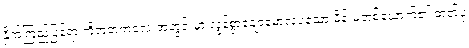
နှိုက်ကြည့်ပြန်ရာ ကိုအတံကလေးအတွင်းမှာ လွန်စွာချောမောလှပသော မိန်းမတစ်ယောက်၏ ဓာတ်ပုံ